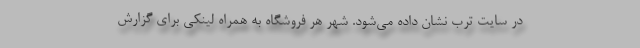
در سایت ترب نشان داده می‌شود. شهر هر فروشگاه به همراه لینکی برای گزارش